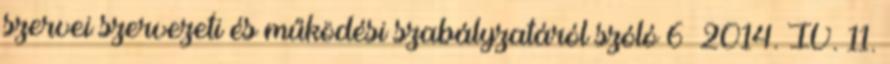
szervei szervezeti és működési szabályzatáról szóló 6 2014. IV. 11.